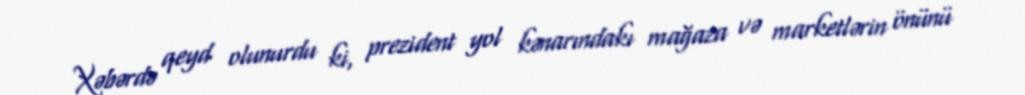
Xəbərdə qeyd olunurdu ki, prezident yol kənarındakı mağaza və marketlərin önünü